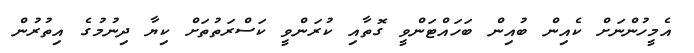
އެމީހުންނަށް ކެއިން ބުއިން ބަހައްޓަންވީ ގޮތާއި ކުރަންވީ ކަސްރަތުތަށް ކިޔާ ދިނުމުގެ އިތުރުން